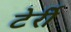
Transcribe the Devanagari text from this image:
टेर्री